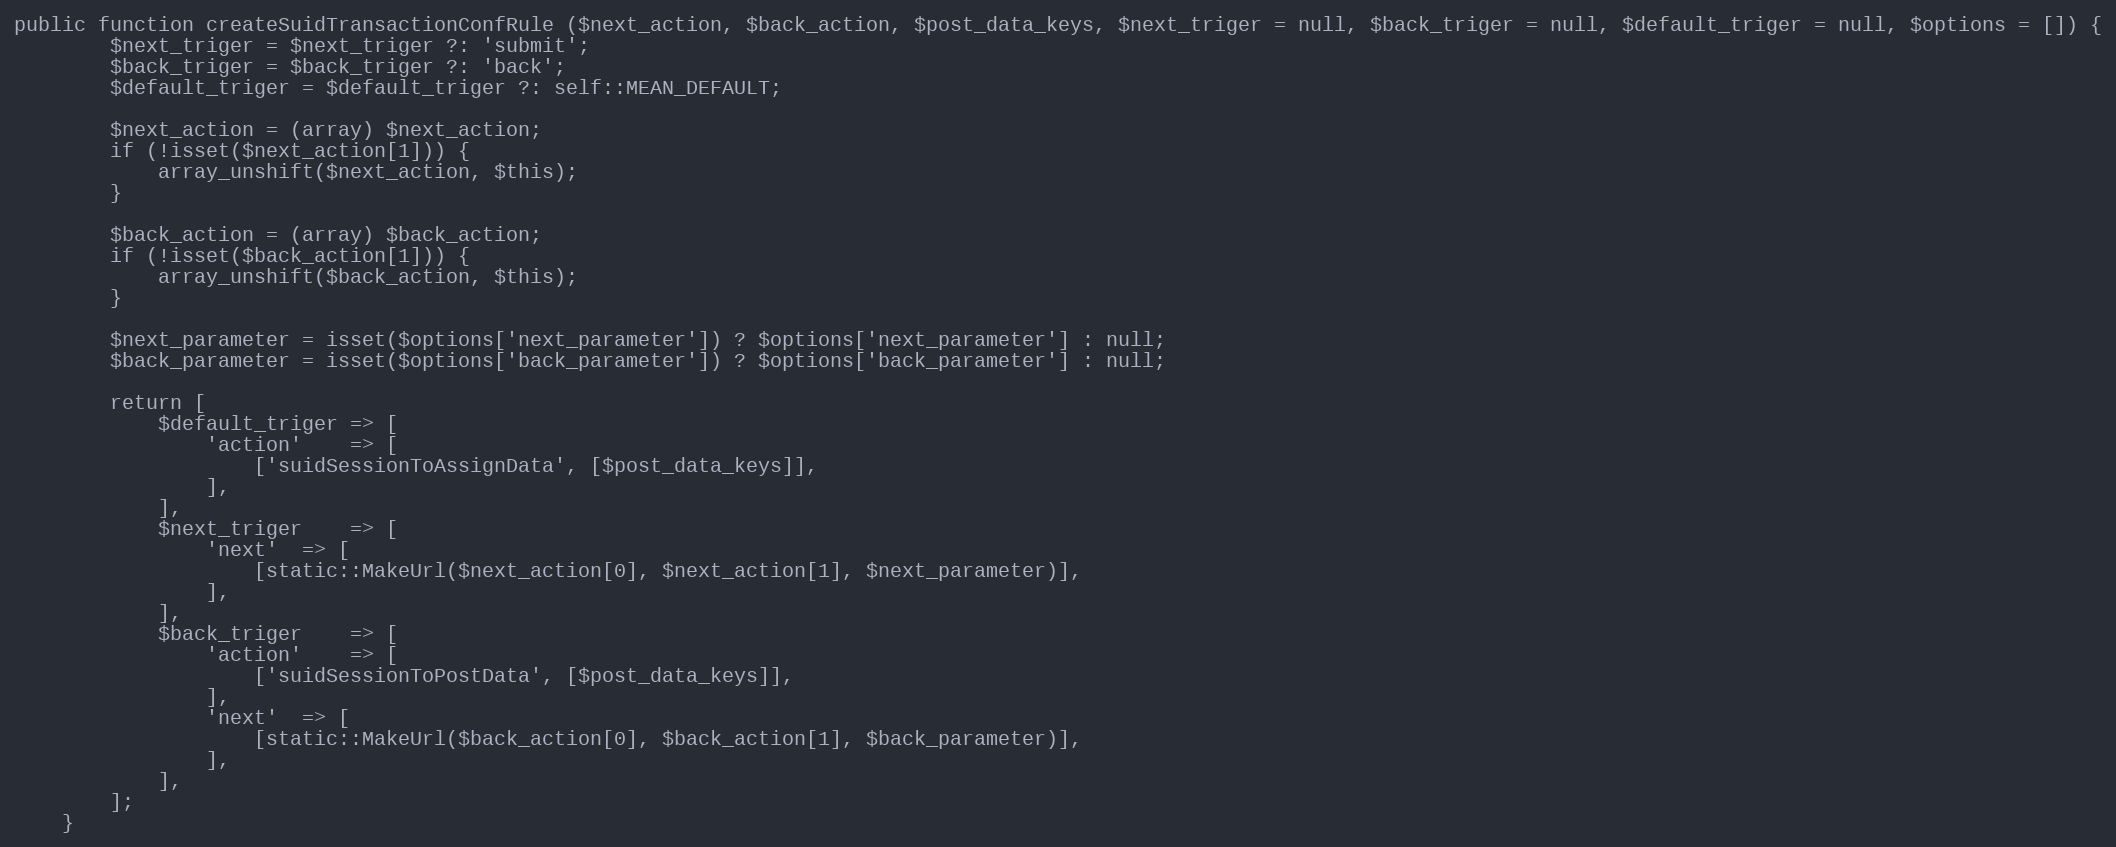
Language: PHP
public function createSuidTransactionConfRule ($next_action, $back_action, $post_data_keys, $next_triger = null, $back_triger = null, $default_triger = null, $options = []) {
		$next_triger = $next_triger ?: 'submit';
		$back_triger = $back_triger ?: 'back';
		$default_triger = $default_triger ?: self::MEAN_DEFAULT;

		$next_action = (array) $next_action;
		if (!isset($next_action[1])) {
			array_unshift($next_action, $this);
		}

		$back_action = (array) $back_action;
		if (!isset($back_action[1])) {
			array_unshift($back_action, $this);
		}

		$next_parameter = isset($options['next_parameter']) ? $options['next_parameter'] : null;
		$back_parameter = isset($options['back_parameter']) ? $options['back_parameter'] : null;

		return [
			$default_triger	=> [
				'action'	=> [
					['suidSessionToAssignData', [$post_data_keys]],
				],
			],
			$next_triger	=> [
				'next'	=> [
					[static::MakeUrl($next_action[0], $next_action[1], $next_parameter)],
				],
			],
			$back_triger	=> [
				'action'	=> [
					['suidSessionToPostData', [$post_data_keys]],
				],
				'next'	=> [
					[static::MakeUrl($back_action[0], $back_action[1], $back_parameter)],
				],
			],
		];
	}